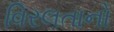
વિરલતાનો